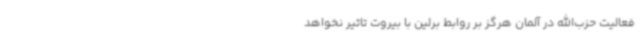
فعالیت حزب‌الله در آلمان هرگز بر روابط برلین با بیروت تاثیر نخواهد